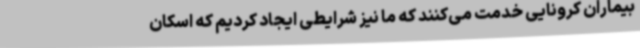
بیماران کرونایی خدمت می‌کنند که ما نیز شرایطی ایجاد کردیم که اسکان